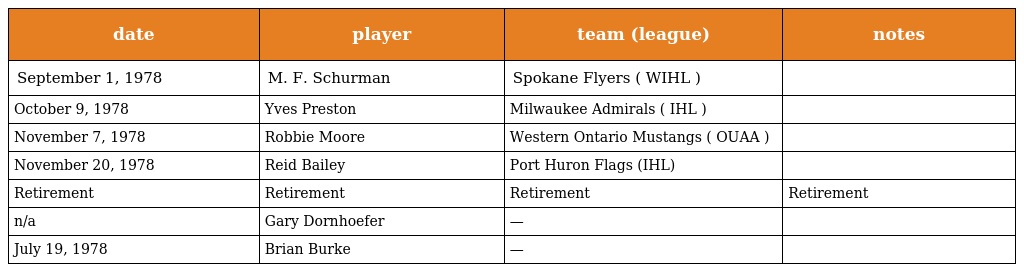
| date | player | team (league) | notes |
 | --- | --- | --- | --- |
 | September 1, 1978 | M. F. Schurman | Spokane Flyers ( WIHL ) |  |
 | October 9, 1978 | Yves Preston | Milwaukee Admirals ( IHL ) |  |
 | November 7, 1978 | Robbie Moore | Western Ontario Mustangs ( OUAA ) |  |
 | November 20, 1978 | Reid Bailey | Port Huron Flags (IHL) |  |
 | Retirement | Retirement | Retirement | Retirement |
 | n/a | Gary Dornhoefer | — |  |
 | July 19, 1978 | Brian Burke | — |  |